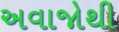
અવાજોથી